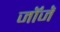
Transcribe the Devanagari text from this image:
जॉजॅ